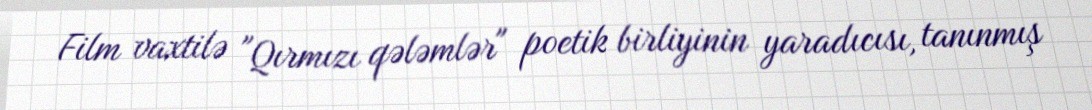
Film vaxtilə "Qırmızı qələmlər" poetik birliyinin yaradıcısı, tanınmış